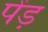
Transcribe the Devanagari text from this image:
पेंड़